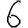
Digit: 6